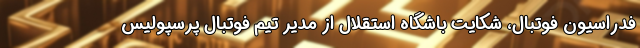
فدراسیون فوتبال، شکایت باشگاه استقلال از مدیر تیم فوتبال پرسپولیس